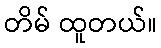
တိမ် ထူတယ်။